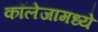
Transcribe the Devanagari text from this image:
कॉलेजामध्ये